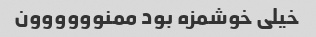
خیلی خوشمزه بود ممنوووووون